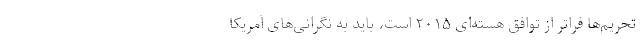
تحریم‌ها فراتر از توافق هسته‌ای ۲۰۱۵ است، باید به نگرانی‌های آمریکا